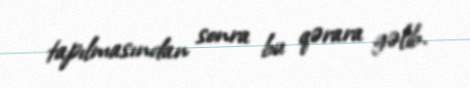
tapılmasından sonra bu qərara gəlib.